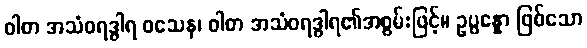
ဝါစာ အသံဝရဒွါရ ဝသေန၊ ဝါစာ အသံဝရဒွါရ၏အစွမ်းဖြင့်။ ဥပ္ပန္နော ဖြစ်သော